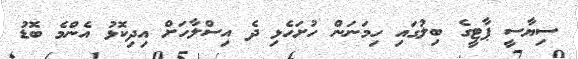
ސިޔާސީ ޕާޓީގެ ބިލުގައި ހިމަނަން ހުށަހެޅި ދެ އިސްލާހަށް އިދިކޮޅު އެންމެ ބޮޑު